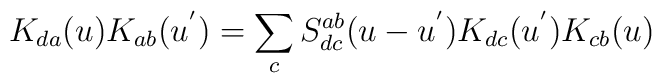
K_{da}(u)K_{ab}(u^{'})=\sum_{c}S^{ab}_{dc}(u-u^{'})K_{dc}(u^{'})K_{cb}(u)